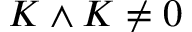
K \wedge K \neq 0